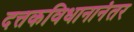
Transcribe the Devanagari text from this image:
दत्तकविधानानंतर